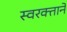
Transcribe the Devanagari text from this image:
स्‍वरक्ताने